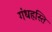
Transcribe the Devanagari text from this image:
गंधहस्ति